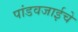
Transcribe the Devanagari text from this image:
पांडवजाईचे